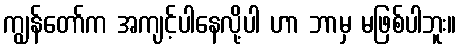
ကျွန်တော်က အကျင့်ပါနေလို့ပါ ဟာ ဘာမှ မဖြစ်ပါဘူး။